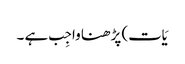
یَات) پڑھنا واجِب ہے ۔